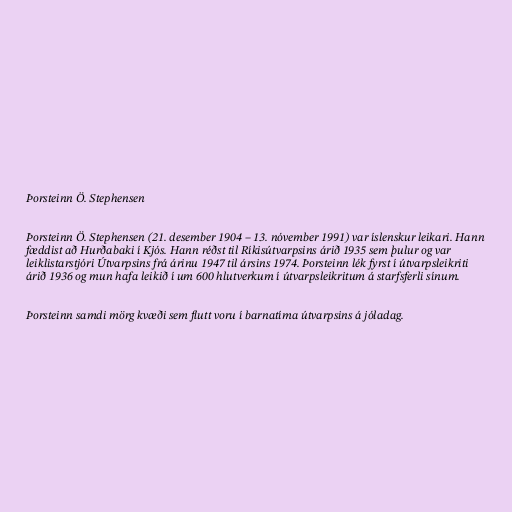
Þorsteinn Ö. Stephensen

Þorsteinn Ö. Stephensen (21. desember 1904 – 13. nóvember 1991) var íslenskur leikari. Hann
fæddist að Hurðabaki í Kjós. Hann réðst til Ríkisútvarpsins árið 1935 sem þulur og var
leiklistarstjóri Útvarpsins frá árinu 1947 til ársins 1974. Þorsteinn lék fyrst í útvarpsleikriti
árið 1936 og mun hafa leikið í um 600 hlutverkum í útvarpsleikritum á starfsferli sínum.

Þorsteinn samdi mörg kvæði sem flutt voru í barnatíma útvarpsins á jóladag.